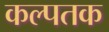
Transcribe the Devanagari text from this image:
कल्पतक